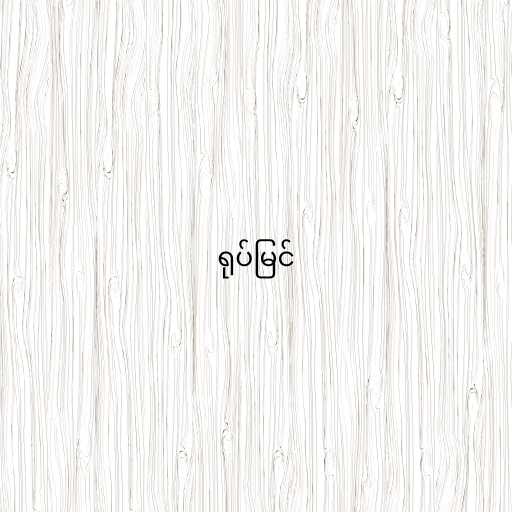
ရုပ်မြင်